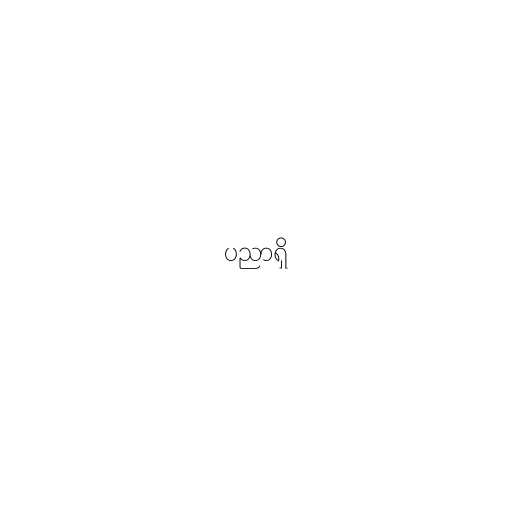
ပညာရှိ